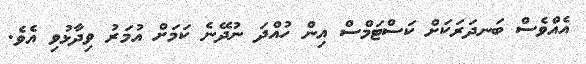
އެއްވެސް ބަނދަރަކަށް ކަސްޓަމްސް އިން ހުއްދަ ނުދޭނެ ކަމަށް އުމަރު ވިދާޅުވި އެވެ.